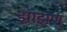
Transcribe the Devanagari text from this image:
झाझण्